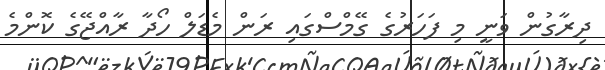
ދިރާގުން ވަނީ މި ފަހަރުގެ ގޭމްސްގައި ރަން މެޑަލް ހޯދާ ރާއްޖޭގެ ކޮންމެ